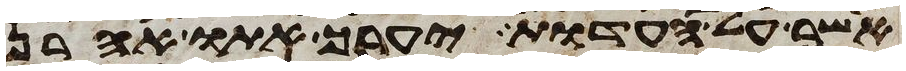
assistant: אשר על העדות יעריך אתו אהרן